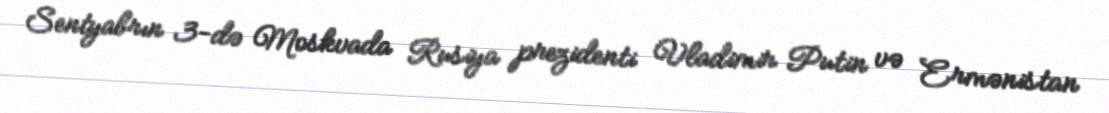
Sentyabrın 3-də Moskvada Rusiya prezidenti Vladimir Putin və Ermənistan